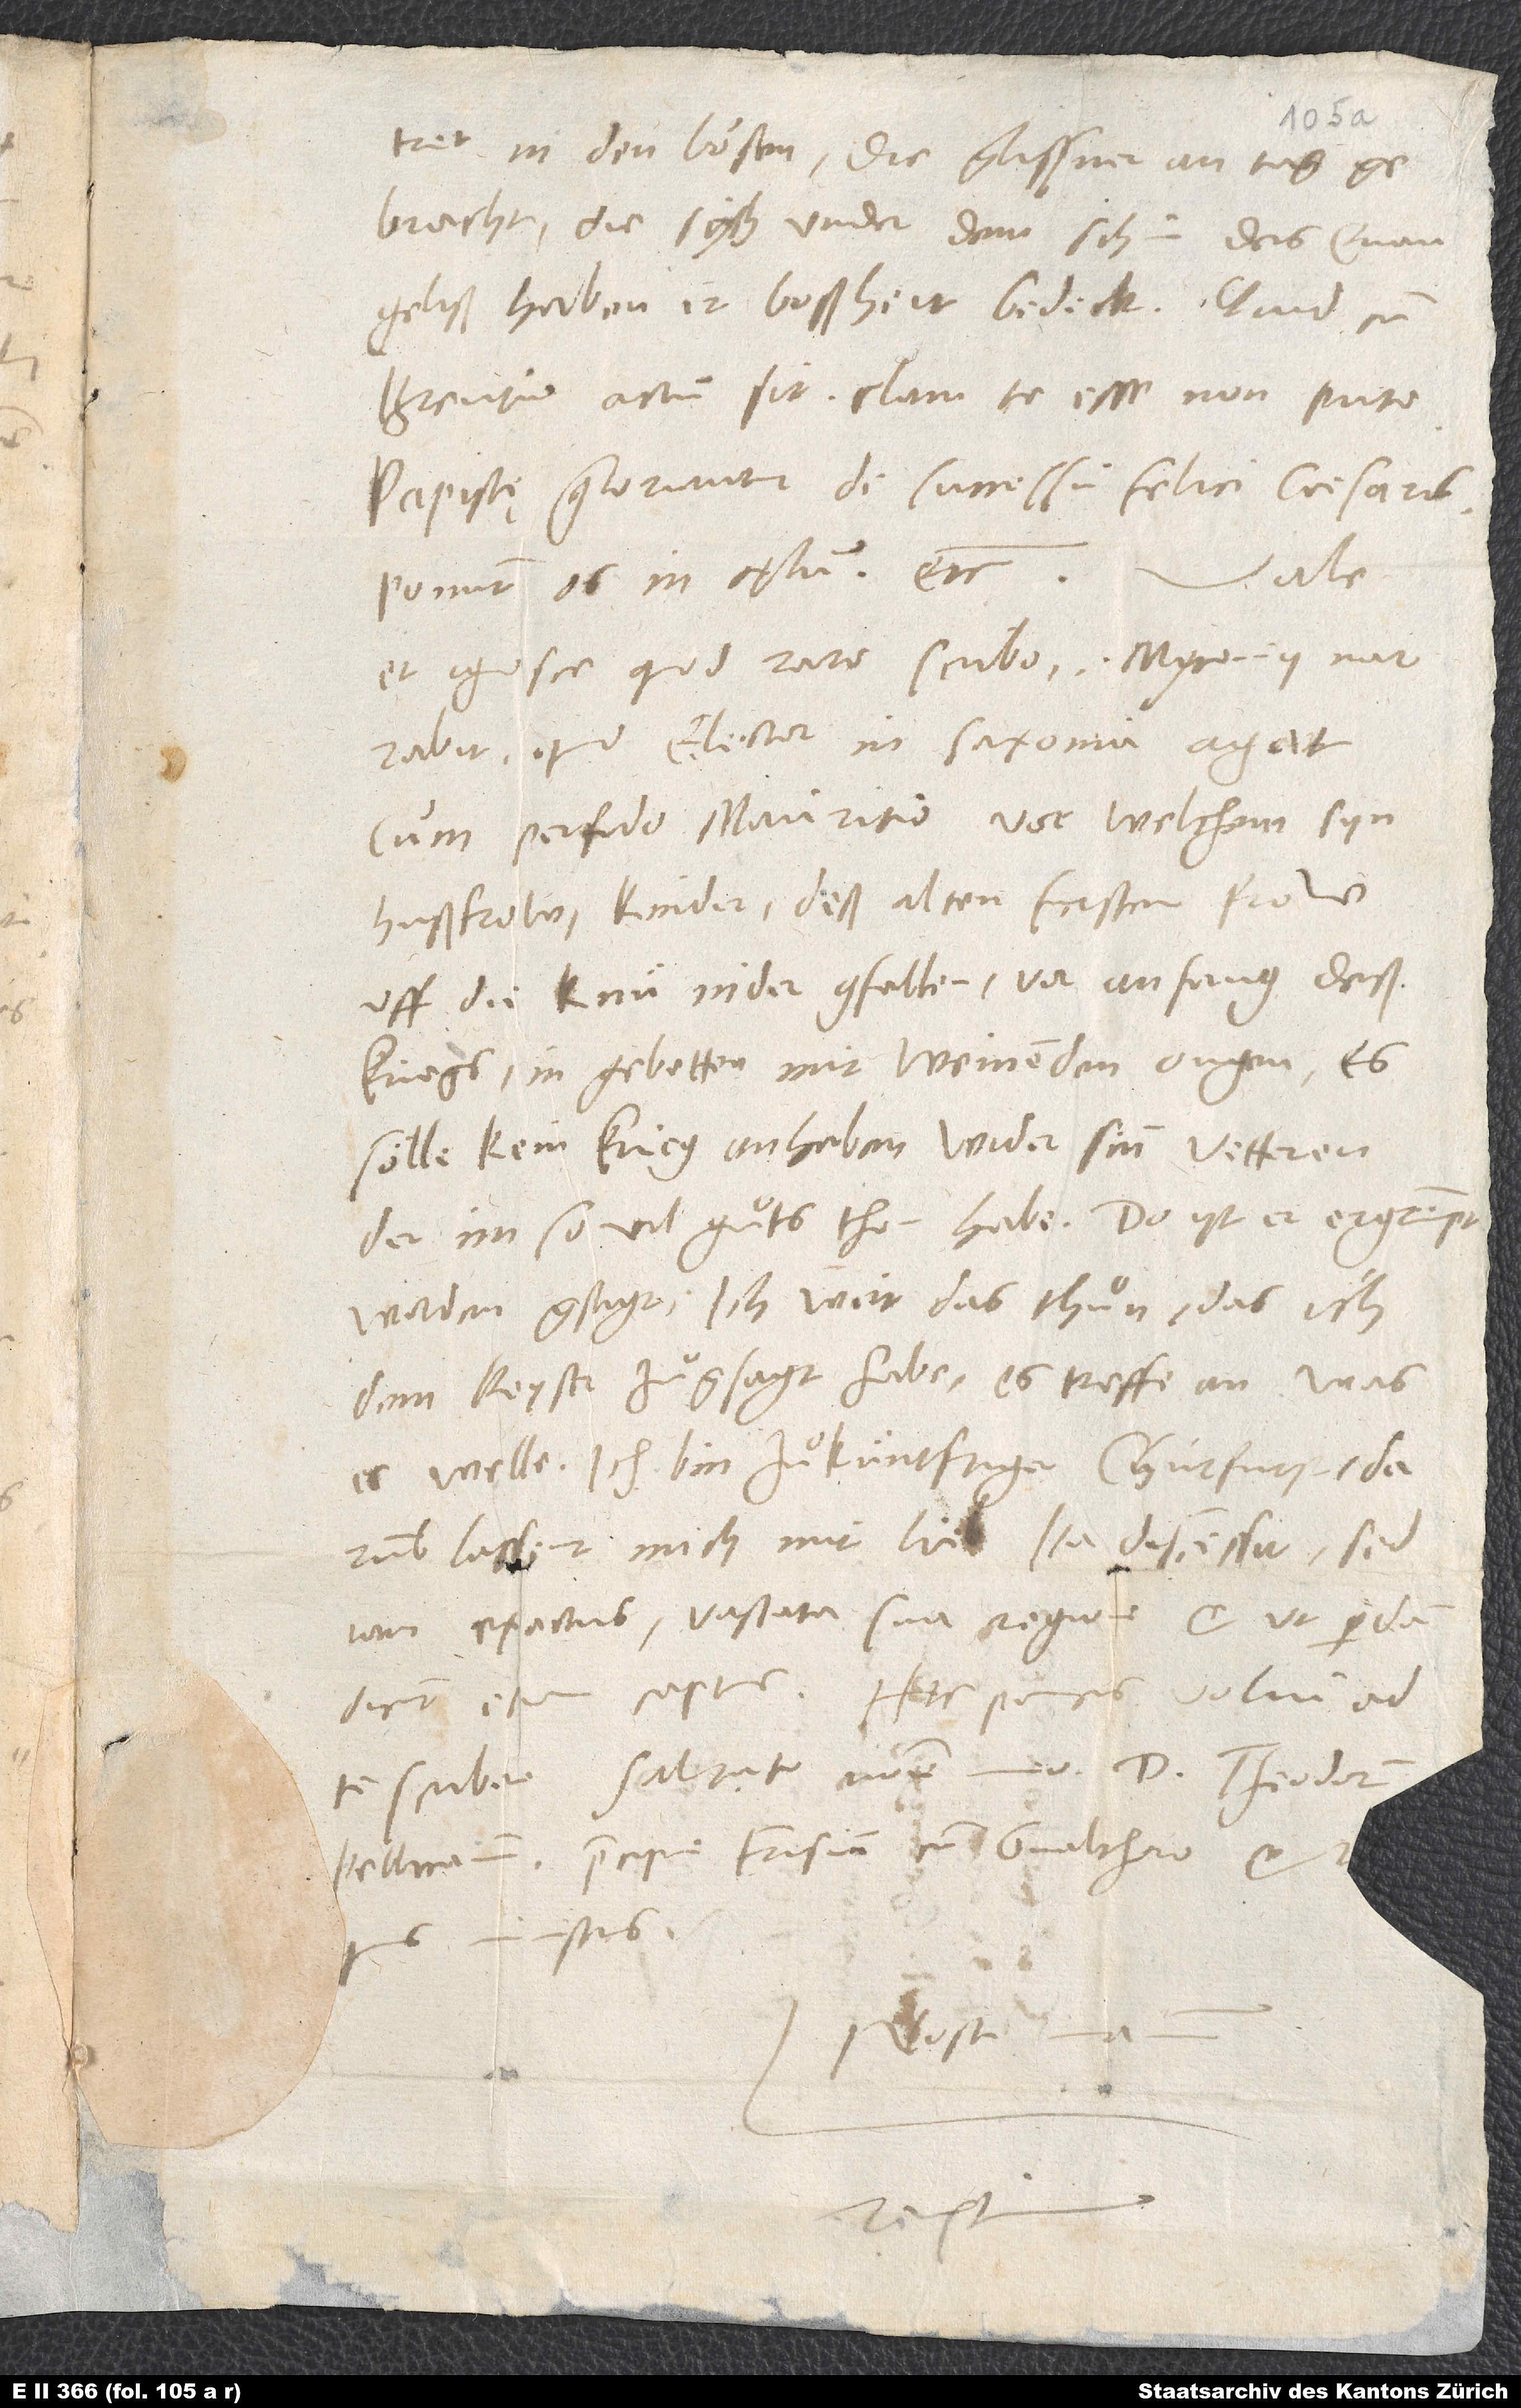
gelütret in den bößen, die glissner an tag
gebracht, die sich under dem schin des evangeliß
Brentio actum sit, clam te esse non puto.
Papistę gloriantur de successu felici caesaris.
Ponunt os in cęlum, etc.
narrabit, quid elector in Saxonia agat
cum perfido Mauritio; vor welchem syn
hußfrow, kinder deß alten fursten frow,
uff die knü nider gfallen vor anfang deß
kriegs, in gebetten mit weinenden ougen, er
soͤlle kein krieg anheben wider sinn vetteren,
der im so vil guͦts thon habe. Do ist er ergrimpt
worden. Gsagt: „Ich wirt das thuͦn, das ich
dem keyser zuͦgsagt habe, es treffe an, was
es welle. Ich bin zuͦ küntftiger churfurst! Darumb
lassent mich mit lieb.“ Ita discessit, sed
exactus vastata sua regione et, ut quidam
te scribere. Salutato nomine meo d. Theodorum,
Pellicanum, praecipue Frisium cum Gvalthero et
ministris.